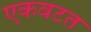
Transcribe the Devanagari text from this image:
एकवटत